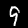
Label: 9